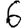
Digit: 6